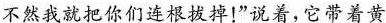
不然我就把你们连根拔掉！”说着，它带着黄